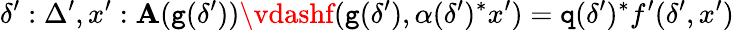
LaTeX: \delta^{\prime}:\Delta^{\prime},x^{\prime}:\mathbf{A}(\textnormal{\texttt{{g}}}(\delta^{\prime}))\vdashf(\textnormal{\texttt{{g}}}(\delta^{\prime}),\alpha(\delta^{\prime})^{*}x^{\prime})=\textnormal{\texttt{{q}}}(\delta^{\prime})^{*}f^{\prime}(\delta^{\prime},x^{\prime})